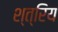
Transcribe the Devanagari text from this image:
श्त्रिय